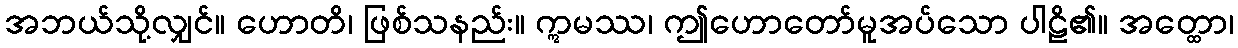
အဘယ်သို့လျှင်။ ဟောတိ၊ ဖြစ်သနည်း။ ဣမဿ၊ ဤဟောတော်မူအပ်သော ပါဠိ၏။ အတ္ထော၊